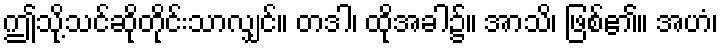
ဤသို့သင်ဆိုတိုင်းသာလျှင်။ တဒါ၊ ထိုအခါ၌။ အာသိ၊ ဖြစ်၏။ အဟံ၊